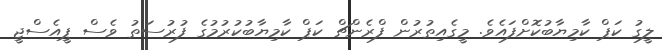
ލީގު ކަޕް ކާމިޔާބުކޮށްފައެވެ. މީގެއިތުރުން ފްރެންޗް ކަޕް ކާމިޔާބުކުރުމުގެ ފުރުސަތު ވެސް ޕީއެސްޖީ